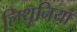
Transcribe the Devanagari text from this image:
लिथूनिया